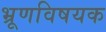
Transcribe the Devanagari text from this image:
भ्रूणविषयक